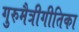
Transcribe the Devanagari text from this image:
गुरुमैत्रीगीतिका